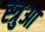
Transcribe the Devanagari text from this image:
स्त्रुआ